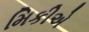
મિકીએ